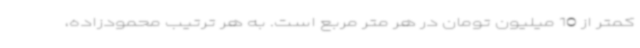
کمتر از 10 میلیون تومان در هر متر مربع است. به هر ترتیب محمودزاده،